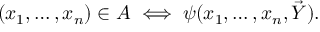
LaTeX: \quad ( x _ { 1 } , \ldots , x _ { n } ) \in A \iff \psi ( x _ { 1 } , \ldots , x _ { n } , { \vec { Y } } ) .